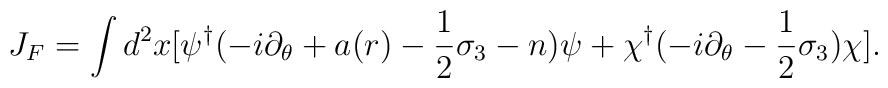
J_F = \int d^2x [\psi^\dagger(-i\partial_\theta +a(r)-{1\over2}\sigma_3-n)\psi+\chi^\dagger(-i\partial_\theta-{1\over2}\sigma_3)\chi] .